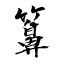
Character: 箅